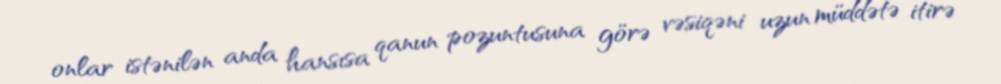
onlar istənilən anda hansısa qanun pozuntusuna görə vəsiqəni uzun müddətə itirə